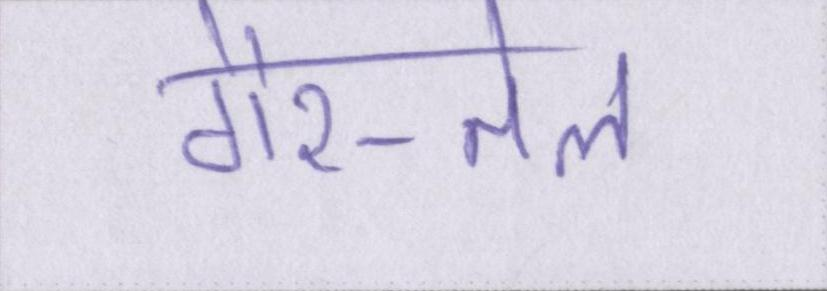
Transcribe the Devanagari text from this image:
गैर-तेल